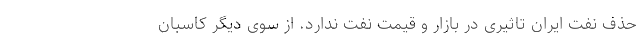
حذف نفت ایران تاثیری در بازار و قیمت نفت ندارد. از سوی دیگر کاسبان